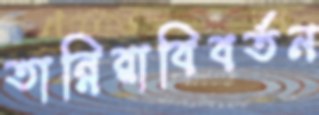
তান্নিরাবিবর্তন